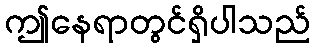
ဤနေရာတွင်ရှိပါသည်